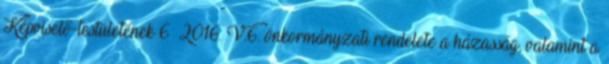
Képviselő-testületének 6 2016. V.6. önkormányzati rendelete a házasság, valamint a